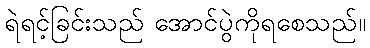
ရဲရင့်ခြင်းသည် အောင်ပွဲကိုရစေသည်။